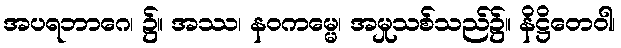
အပရဘာဂေ၊ ၌။ အဿ၊ နဝကမ္မေ၊ အမှုသစ်သည်၌။ နိဋ္ဌိတေဝါ၊